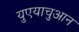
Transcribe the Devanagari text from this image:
युएयाचुआन